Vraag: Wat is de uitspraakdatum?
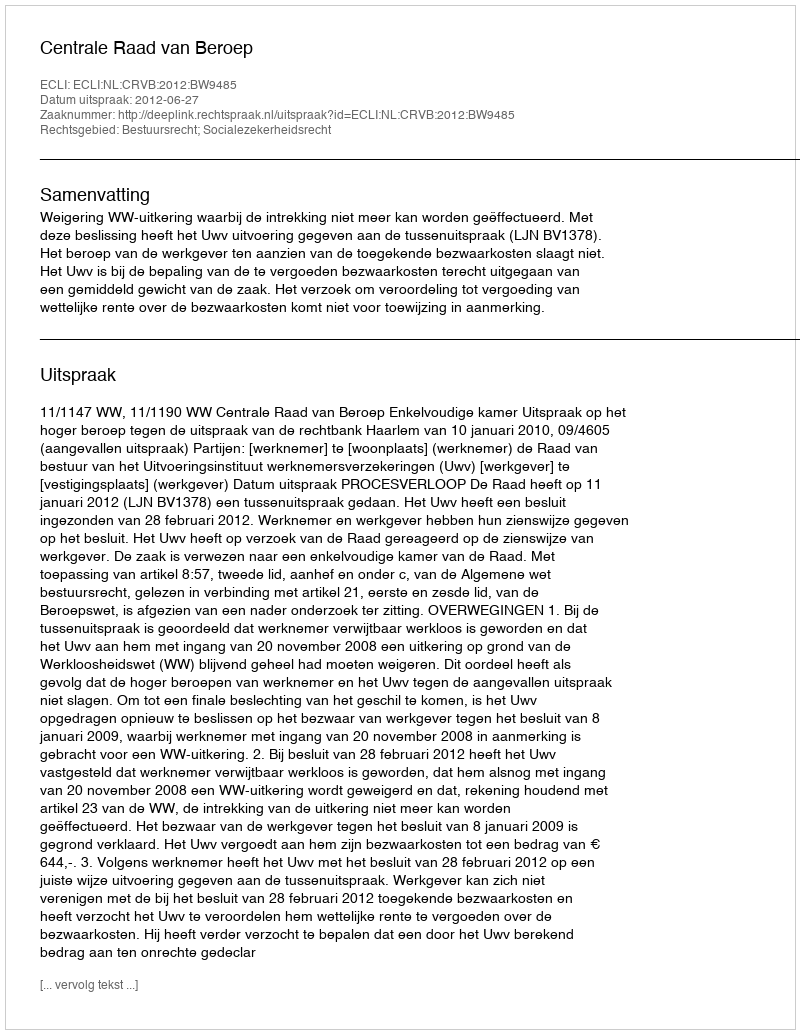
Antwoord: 2012-06-27